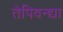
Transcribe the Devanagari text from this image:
तेपिवन्द्या